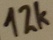
Text: 12K